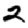
Digit: 2